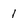
Character: 1